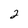
Character: 2